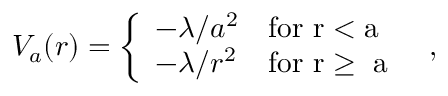
V _ { a } ( r ) = \left\{ \begin{array} { l l } { { - \lambda / a ^ { 2 } } } & { { \mathrm { f o r ~ r < a ~ } } } \\ { { - \lambda / r ^ { 2 } } } & { { \mathrm { f o r ~ r \geq ~ a ~ } } } \end{array} \right. \; ,